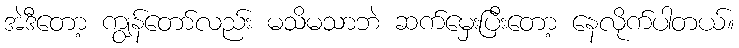
အဲဒီတော့ ကျွန်တော်လည်း မသိမသာဘဲ ဆက်မှေးပြီးတော့ နေလိုက်ပါတယ်။